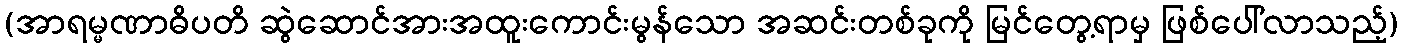
(အာရမ္မဏာဓိပတိ ဆွဲဆောင်အားအထူးကောင်းမွန်သော အဆင်းတစ်ခုကို မြင်တွေ့ရာမှ ဖြစ်ပေါ်လာသည့်)